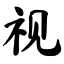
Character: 视